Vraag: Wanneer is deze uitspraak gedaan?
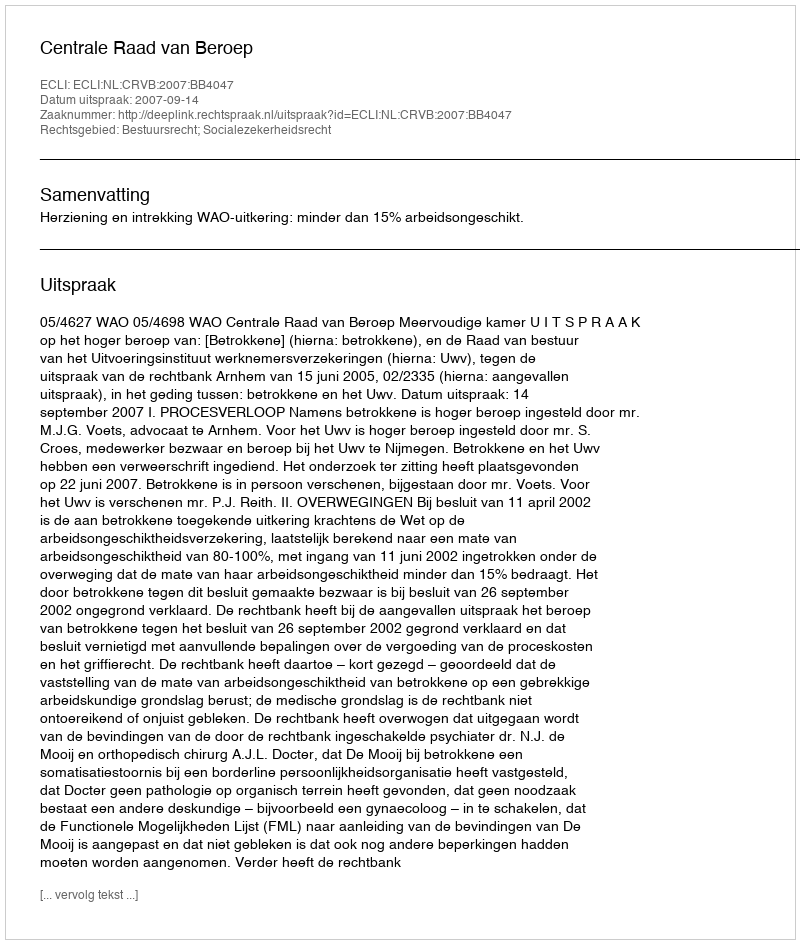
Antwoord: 2007-09-14